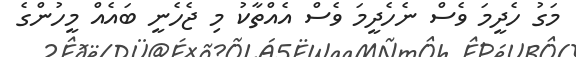
މަގު ހެދީމަ ވެސް ނެހެދީމަ ވެސް އެއްތާކު މި ޖެހެނީ ބައެއް މީހުންގެ